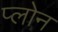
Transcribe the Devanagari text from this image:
प्लोन